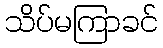
သိပ်မကြာခင်